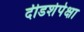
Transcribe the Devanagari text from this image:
दीडशेपेक्षा